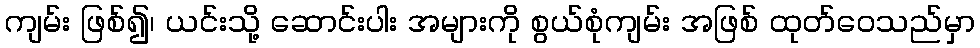
ကျမ်း ဖြစ်၍၊ ယင်းသို့ ဆောင်းပါး အများကို စွယ်စုံကျမ်း အဖြစ် ထုတ်ဝေသည်မှာ